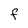
Character: F